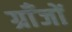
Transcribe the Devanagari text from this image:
ग्राँजों